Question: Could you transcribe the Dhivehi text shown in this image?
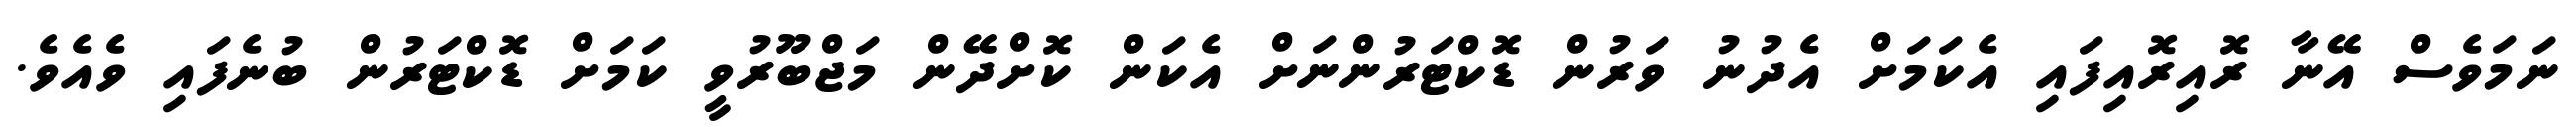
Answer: ނަމަވެސް އޭނާ ރޮއިރޮއިފައި އެކަމަށް އެދުނު ވަރުން ޑޮކްޓަރުންނަށް އެކަން ކޮށްދޭން މަޖްބޫރުވީ ކަމަށް ޑޮކްޓަރުން ބުނެފައި ވެއެވެ.